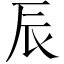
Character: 辰